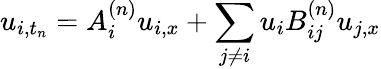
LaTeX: u_{i,t_{n}}=A_{i}^{(n)}u_{i,x}+\sum_{j\neq i}u_{i}B_{ij}^{(n)}u_{j,x}